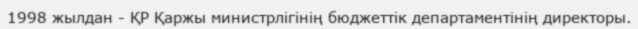
1998 жылдан - ҚР Қаржы министрлігінің бюджеттік департаментінің директоры.